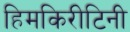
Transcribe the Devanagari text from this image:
हिमकिरीटिनी